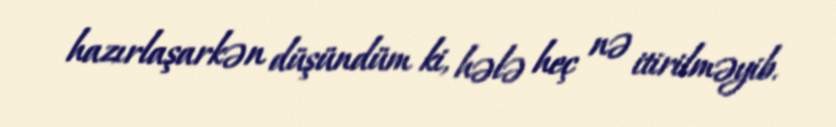
hazırlaşarkən düşündüm ki, hələ heç nə itirilməyib.